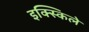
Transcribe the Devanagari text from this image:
इक्स्किले